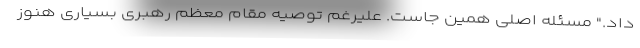
داد." مسئله اصلی همین جاست. علیرغم توصیه مقام معظم رهبری بسیاری هنوز